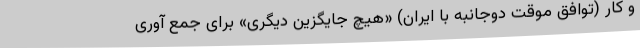
و کار (توافق موقت دوجانبه با ایران) «هیچ جایگزین دیگری» برای جمع آوری